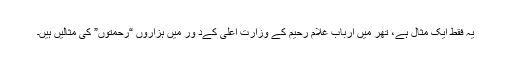
یہ فقط ایک مثال ہے، تھر میں ارباب غلام رحیم کے وزارت اعلیٰ کےد ور میں ہزاروں “رحمتوں” کی مثالیں ہیں۔